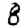
Digit: 8